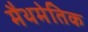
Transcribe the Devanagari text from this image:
मैथमेतिक